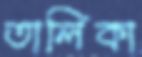
তালিকা